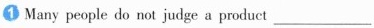
Many people do not judge a product_____